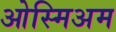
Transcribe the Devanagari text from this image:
ओस्मिअम